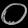
Digit: ၀